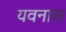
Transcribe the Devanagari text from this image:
यवनाल